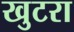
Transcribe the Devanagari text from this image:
खुटरा